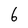
Character: 6